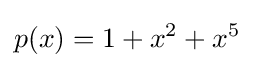
p(x)=1+x^{2}+x^{5}